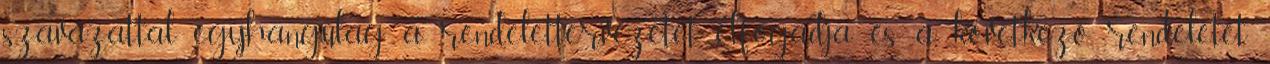
szavazattal egyhangúlag a rendelettervezetet elfogadja és a következő rendeletet